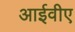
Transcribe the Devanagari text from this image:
आईवीए